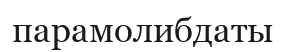
парамолибдаты